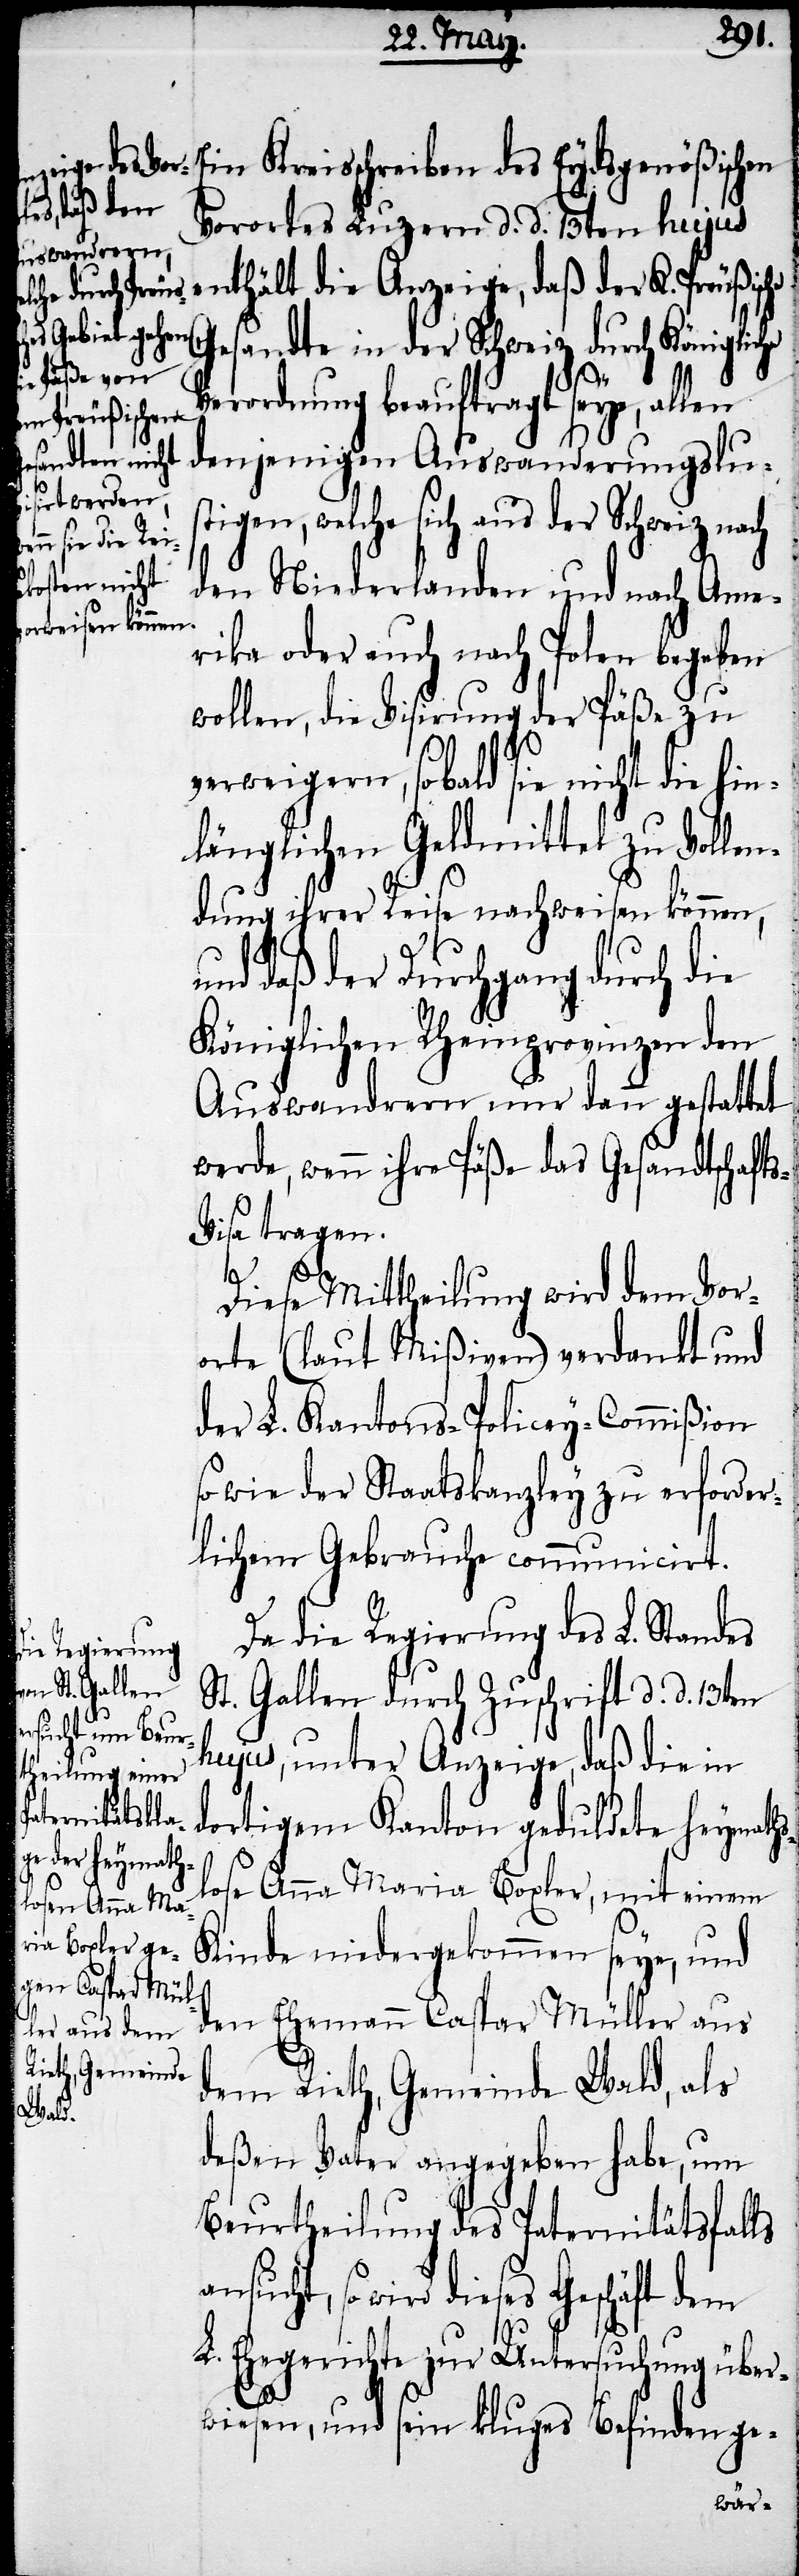
stigen,

Ein Kreisschreiben des Eydsgenößischen
Vorortes Luzern d. d. 13ten hujus
enthält die Anzeige, daß der K. Preußische
Gesandte in der Schweiz durch Königliche
Verordnung beauftragt seye, allen
denjenigen Auswanderungslu¬
welche sich aus der Schweiz na¬
den Niederlanden und nach Ame¬
rika oder auch nach Polen begeben
wollen, die Visirung der Päße zu
verweigern, sobald sie nicht die
nlänglichen Geldmittel zu Vollen¬
dung ihrer Reise nachweisen können,
und daß der Durchgang durch die
Königlichen Rheinprovinzen den
Auswandrern nur dann gestattet
werde, wenn ihre Päße das Gesandtschaft¬
isa tragen.
s-V¬
Diese Mittheilung wird dem Vor¬
orte (laut Mißiven) verdankt und
der L. Kantons-Policey-Commißion
sowie der Staatskanzley zu erforder¬
lichem Gebrauche communicirt.
Da die Regierung des L. Standes
St. Gallen durch Zuschrift d. d. 13ten
hujus, unter Anzeige, daß die in
dortigem Kanton geduldete heymaths¬
lose Anna Maria Boxler, mit einem
Kinde niedergekommen seye, und
den Ehemann Caspar Müller aus
dem Rieth, Gemeinde Wald, als
deßen Vater angegeben habe, um
Beurtheilung des Paternitätsfalls
wird dieses Geschäft dem
L. Ehegericht zur Untersuchung über¬
wiesen, und sein kluges Befinden ge-